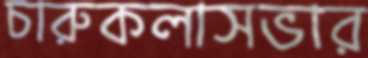
চারুকলাসভার